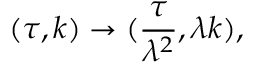
( \tau , k ) \rightarrow ( \frac { \tau } { \lambda ^ { 2 } } , \lambda k ) ,